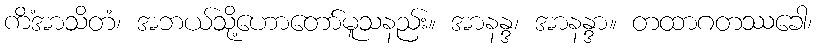
ကိံအာသိတံ၊ အဘယ်သို့ဟောတော်မူသနည်း။ အာနန္ဒ၊ အာနန္ဒာ။ တထာဂတဿခေါ၊